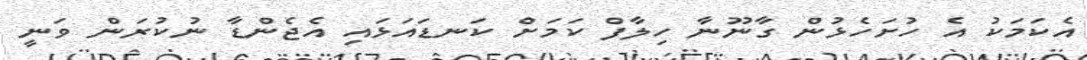
އެކަމަކު އެ ހުށަހެޅުން ގާނޫނާ ހިލާފް ކަމަށް ކަނޑައަޅައި އެޖެންޑާ ނުކުރަން ވަނީ